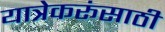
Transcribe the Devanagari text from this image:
यात्रेकरूंसाठी